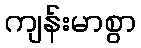
ကျန်းမာစွာ